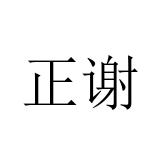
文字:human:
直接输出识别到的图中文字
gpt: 正谢